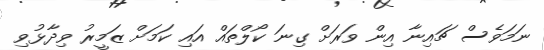
ނަމަވެސް ޗައިނާ އިން ވަރަށް ގިނަ ކޯލްތައް އައި ކަމަށް ޒަމީރު ވިދާޅުވި